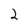
Character: 2